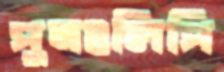
পুনঃলিপি